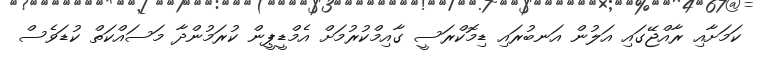
ކަމަށާއި ރާއްޖޭގައި އަލުން އަނބުރައި ޑިމޮކްރަސީ ގާއިމްކުރުމަށް އެމްޑީޕީން ކުރަމުންދާ މަސައްކަތް ކުޑަވެސް